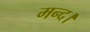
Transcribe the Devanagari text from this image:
मन्द।